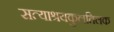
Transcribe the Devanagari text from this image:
सत्याश्रयकुलतिलक